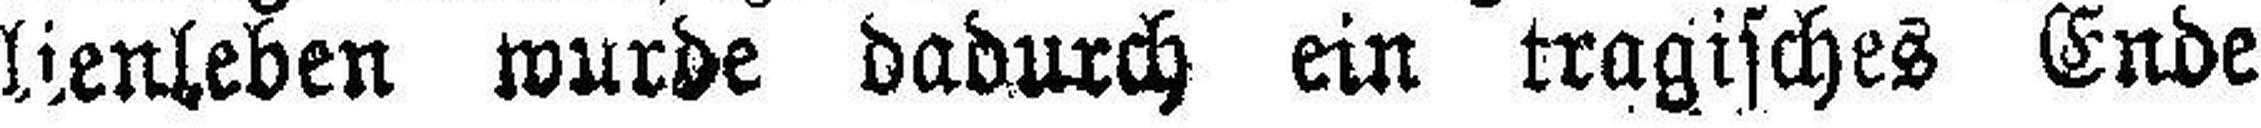
lienleben wurde dadurch ein tragisches Ende